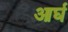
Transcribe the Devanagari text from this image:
आर्घ